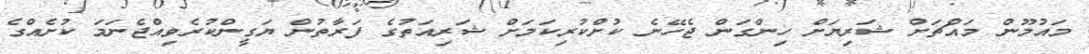
މައުމޫން މައްޗަށް ޝަރިޔަށް ހިންގަން ޖެހޭނެ ކުށްކުރިކަމަށް ޝަރިއަތުގެ ފަރާތުން ޔަގީންކުރެވިއްޖެނަމަ ކުށެއްގެ